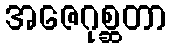
အဇေဂုစ္ဆတာ